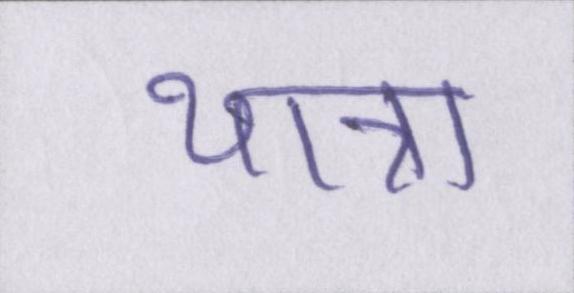
यात्रा